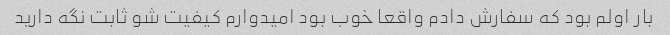
بار اولم بود که سفارش دادم واقعا خوب بود امیدوارم کیفیت شو ثابت نگه دارید